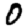
Digit: 0